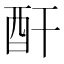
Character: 酐